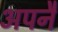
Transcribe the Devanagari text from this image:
अपनै